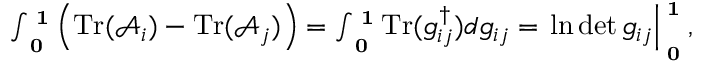
\begin{array} { r } { \int _ { \bf \Pi _ { 0 } } ^ { \bf \Pi _ { 1 } } \left( \mathrm { T r } ( \mathcal { A } _ { i } ) - \mathrm { T r } ( \mathcal { A } _ { j } ) \right) = \int _ { \bf \Pi _ { 0 } } ^ { \bf \Pi _ { 1 } } \mathrm { T r } ( g _ { i j } ^ { \dagger } ) d g _ { i j } = \left. \ln \operatorname* { d e t } g _ { i j } \right| _ { \bf \Pi _ { 0 } } ^ { \bf \Pi _ { 1 } } , } \end{array}